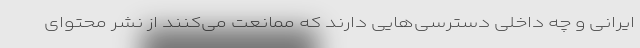
ایرانی و چه داخلی دسترسی‌هایی دارند که ممانعت می‌کنند از نشر محتوای